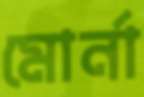
মোর্না